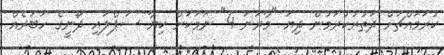
ކުރަމައްޗަށް ދަތުރުކުރަމުން ދިޔަ "މާރަނަ 4" ނަމަކަށް ކިޔާ ސަޕްލައި ދޯނީގެ ހަބަރެއް